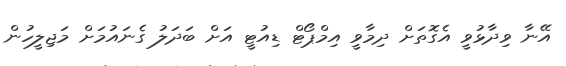
އޭނާ ވިދާޅުވީ އެގޮތަށް ދިމާވީ އިމްޕޯޓް ޑިއުޓީ އަށް ބަދަލު ގެނައުމަށް މަޖިލީހުން